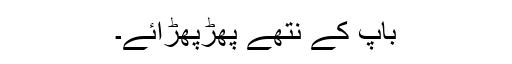
باپ کے نتھے پھڑپھڑائے۔